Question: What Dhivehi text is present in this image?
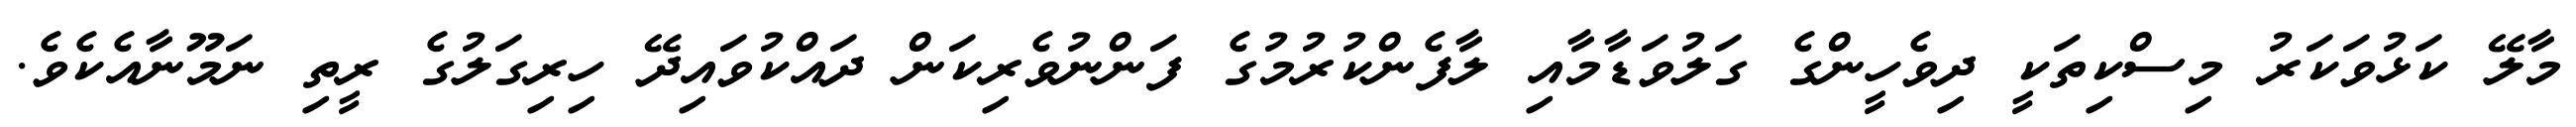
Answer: މާލޭ ކަޅުވަކަރު މިސްކިތަކީ ދިވެހީންގެ ގަލުވަޑާމާއި ލާފެންކުރުމުގެ ފަންނުވެރިކަން ދައްކުވައިދޭ ހިރިގަލުގެ ރީތި ނަމޫނާއެކެވެ.